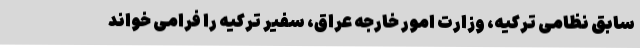
سابق نظامی ترکیه، وزارت امور خارجه عراق، سفیر ترکیه را فرامی خواند